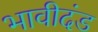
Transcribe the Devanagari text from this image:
भावीदंड